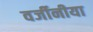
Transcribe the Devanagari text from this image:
वर्जीनीया